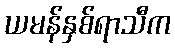
ယမန်နှစ်ရာသီက